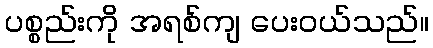
ပစ္စည်းကို အရစ်ကျ ပေးဝယ်သည်။